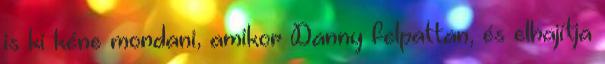
is ki kéne mondani, amikor Danny felpattan, és elhajítja